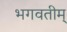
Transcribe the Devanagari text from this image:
भगवतीम्